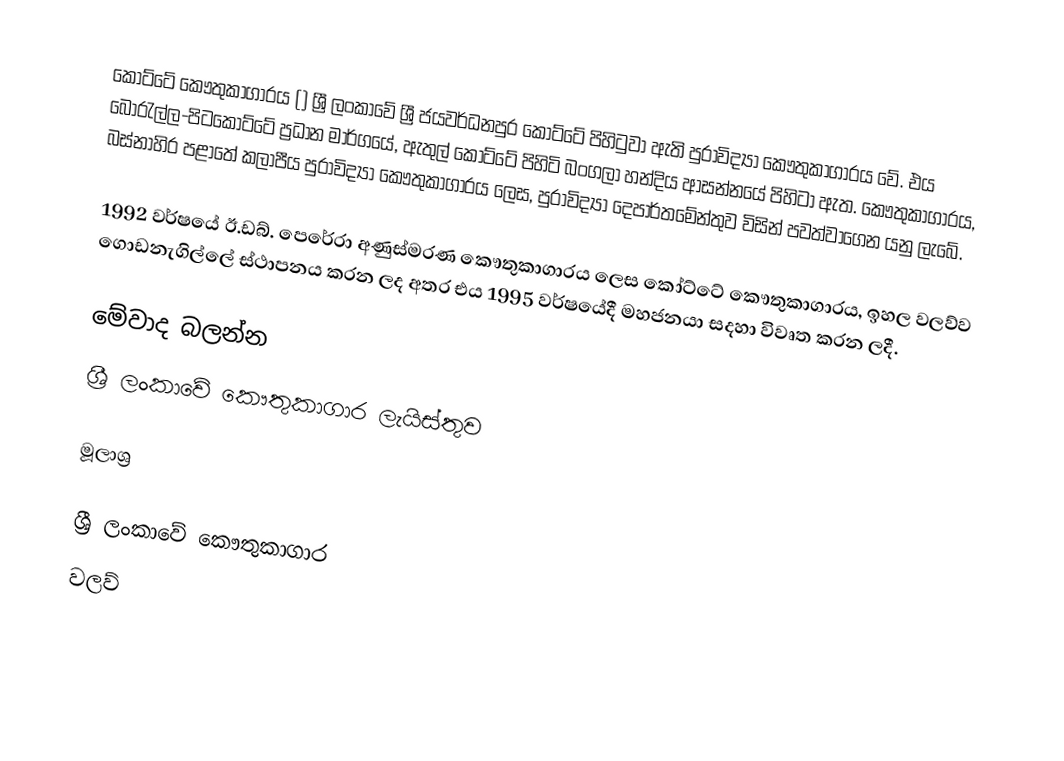
කෝට්ටේ කෞතුකාගාරය () ශ්‍රී ලංකාවේ ශ්‍රී ජයවර්ධනපුර කෝට්ටේ පිහිටුවා ඇති පුරාවිද්‍යා කෞතුකාගාරය වේ. එය බොරැල්ල-පිටකෝට්ටේ ප්‍රධාන මාර්ගයේ, ඇතුල් කෝට්ටේ පිහිටි බංගලා හන්දිය ආසන්නයේ පිහිටා ඇත. කෞතුකාගාරය, බස්නාහිර පළාතේ කලාපීය පුරාවිද්‍යා කෞතුකාගාරය ලෙස, පුරාවිද්‍යා දෙපාර්තමේන්තුව විසින් පවත්වාගෙන යනු ලැබේ.

1992 වර්ෂයේ ඊ.ඩබ්. පෙරේරා අණුස්මරණ කෞතුකාගාරය ලෙස කෝට්ටේ කෞතුකාගාරය, ඉහල වලව්ව ගොඩනැගිල්ලේ ස්ථාපනය කරන ලද අතර එය 1995 වර්ෂයේදී මහජනයා සදහා විවෘත කරන ලදී.

මේවාද බලන්න
ශ්‍රී ලංකාවේ කෞතුකාගාර ලැයිස්තුව

මූලාශ්‍ර

ශ්‍රී ලංකාවේ කෞතුකාගාර
වලව්